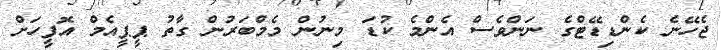
ޖެހޭނެ ކެންޑިޑޭޓްގެ ނަންވެސް އެންމެ ކުޑަ މިނުން މެމްބަރުން ގާތު ޕީޕީއެމް އޮފީހަށް